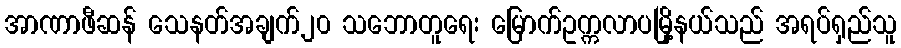
အာဏာဖီဆန် သေနတ်အချက်၂၀ သဘောတူရေး မြောက်ဥက္ကလာပမြို့နယ်သည် အရပ်ရှည်သူ